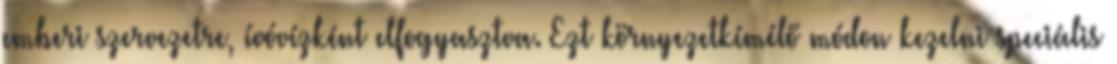
emberi szervezetre, ívóvízként elfogyasztva. Ezt környezetkímélő módon kezelni speciális